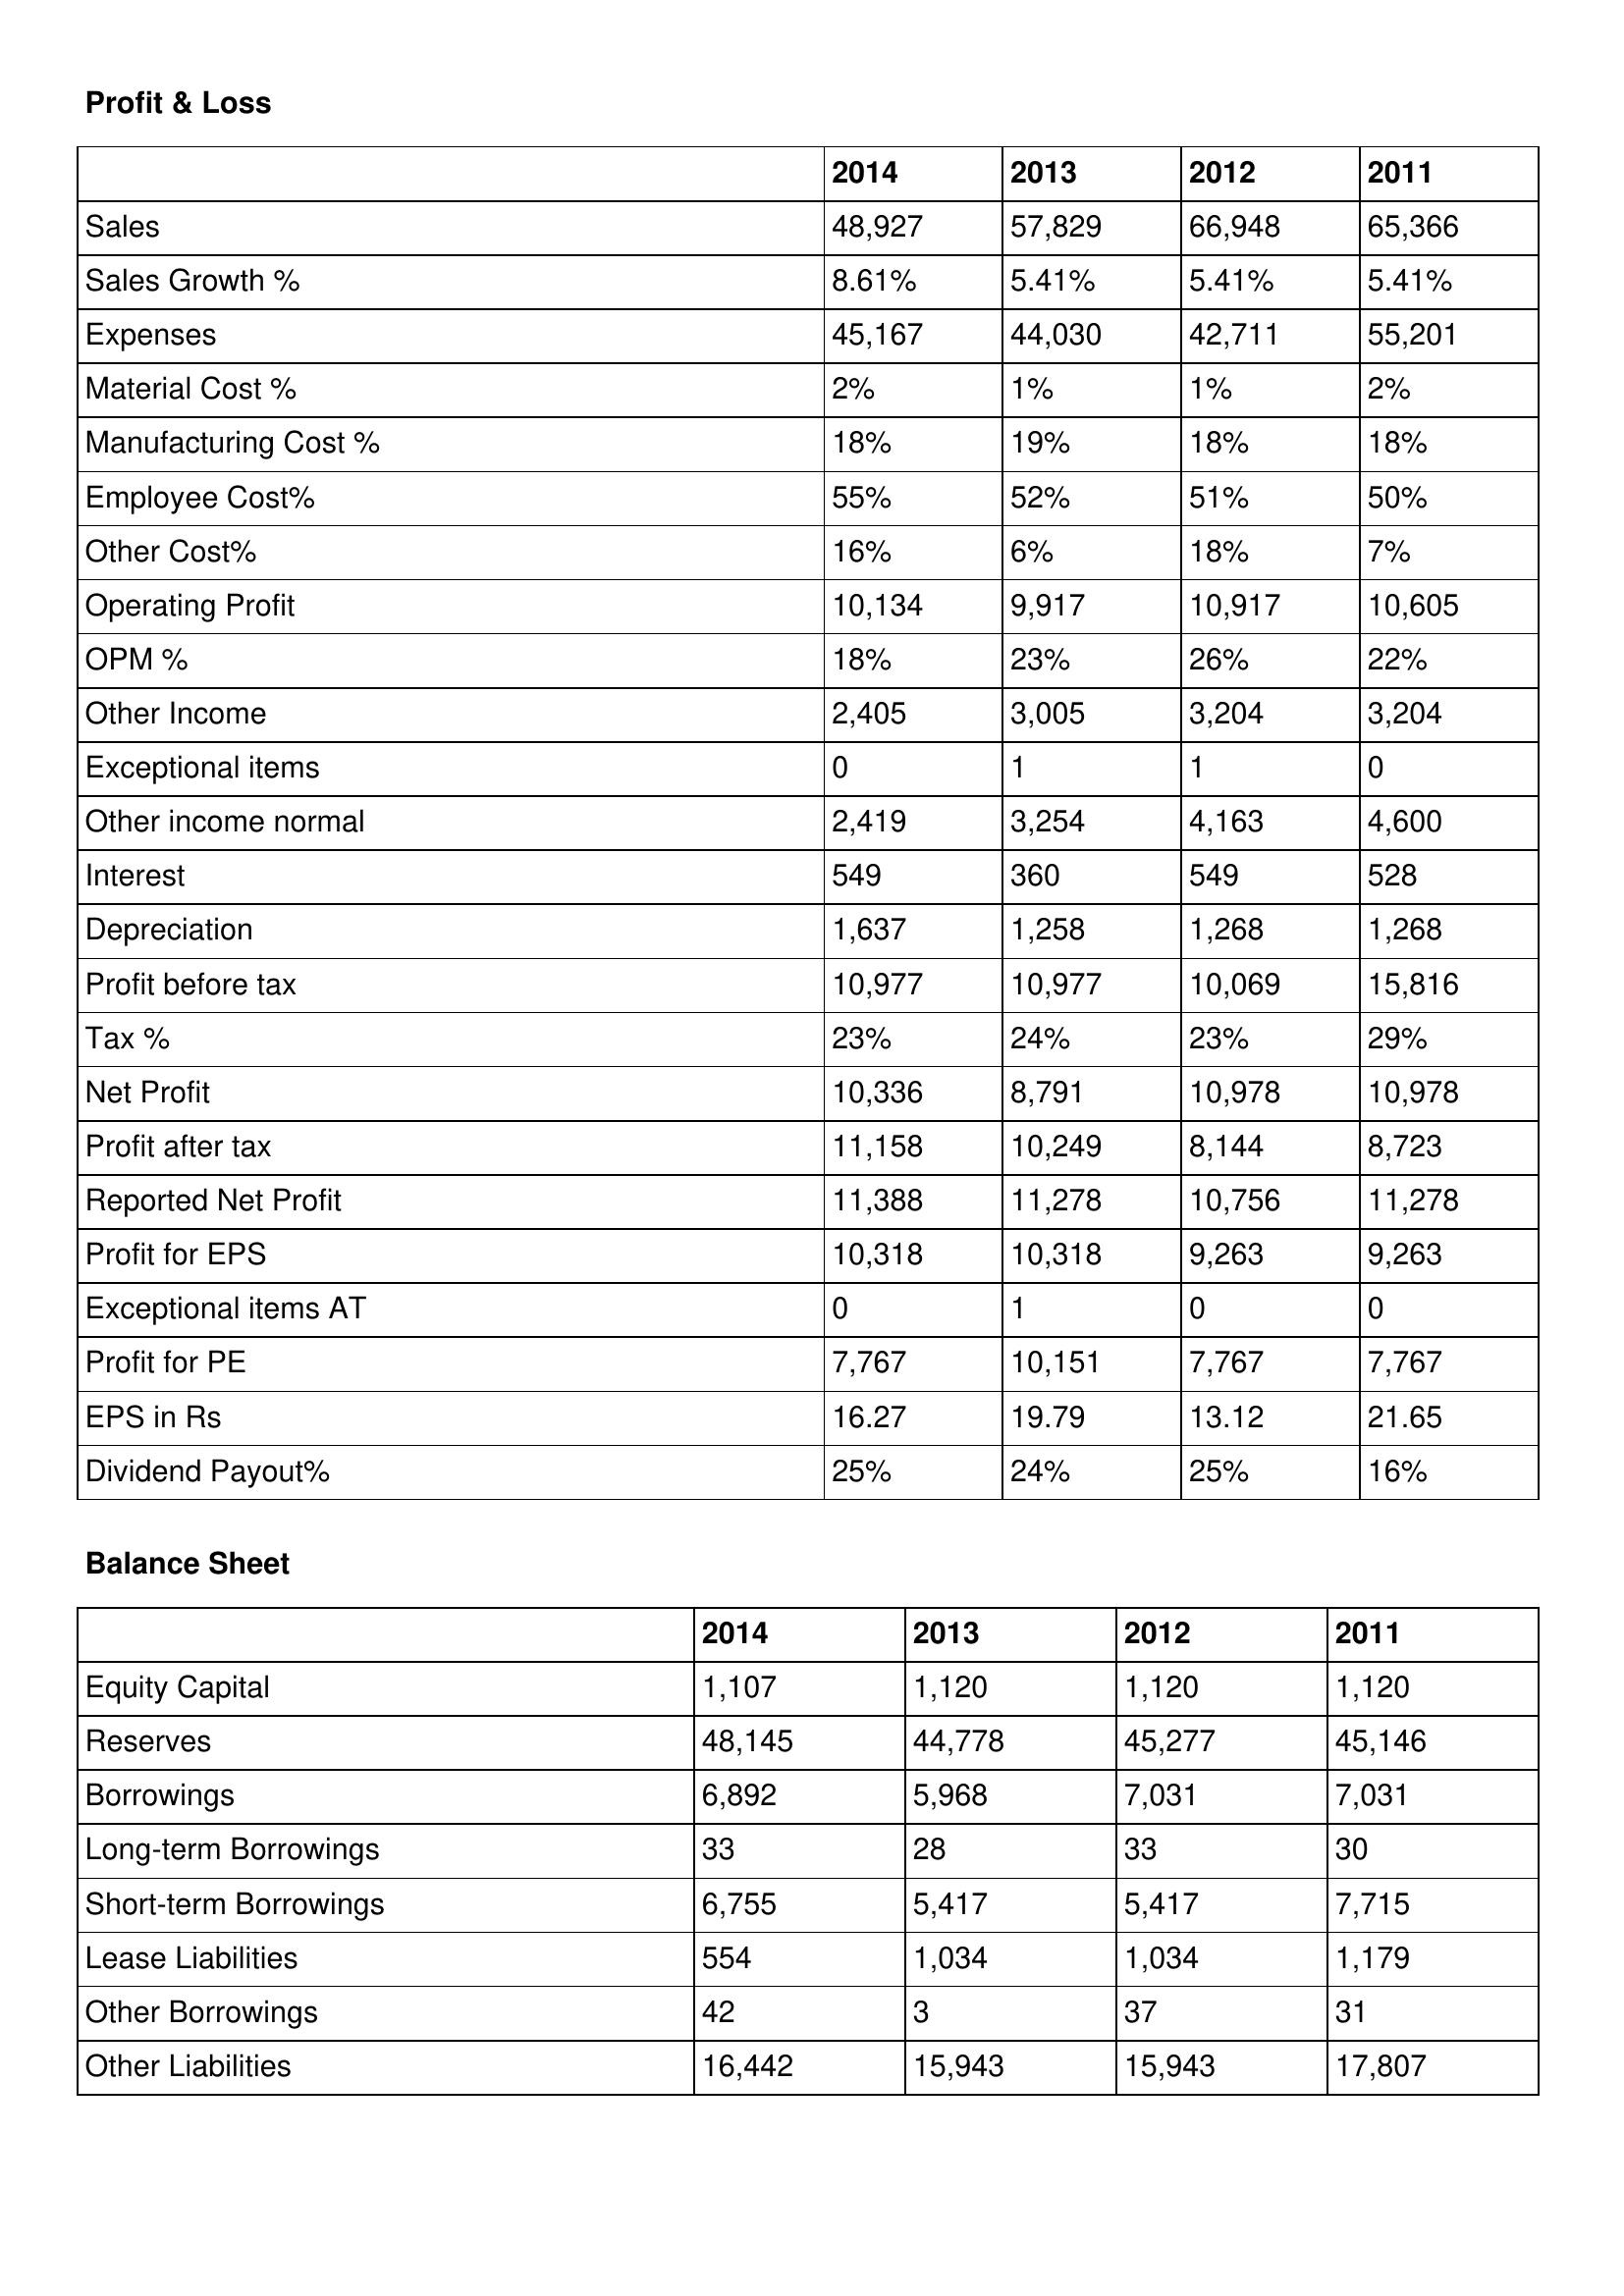
gt_parse: 2014: Profit & Loss: Sales: 48,927
Sales Growth %: 8.61%
Expenses: 45,167
Material Cost %: 2%
Manufacturing Cost %: 18%
Employee Cost%: 55%
Other Cost%: 16%
Operating Profit: 10,134
OPM %: 18%
Other Income: 2,405
Exceptional items: 0
Other income normal: 2,419
Interest: 549
Depreciation: 1,637
Profit before tax: 10,977
Tax %: 23%
Net Profit: 10,336
Profit after tax: 11,158
Reported Net Profit: 11,388
Profit for EPS: 10,318
Exceptional items AT: 0
Profit for PE: 7,767
EPS in Rs: 16.27
Dividend Payout%: 25%
Balance Sheet: Equity Capital: 1,107
Reserves: 48,145
Borrowings: 6,892
Long-term Borrowings: 33
Short-term Borrowings: 6,755
Lease Liabilities: 554
Other Borrowings: 42
Other Liabilities: 16,442
2013: Profit & Loss: Sales: 57,829
Sales Growth %: 5.41%
Expenses: 44,030
Material Cost %: 1%
Manufacturing Cost %: 19%
Employee Cost%: 52%
Other Cost%: 6%
Operating Profit: 9,917
OPM %: 23%
Other Income: 3,005
Exceptional items: 1
Other income normal: 3,254
Interest: 360
Depreciation: 1,258
Profit before tax: 10,977
Tax %: 24%
Net Profit: 8,791
Profit after tax: 10,249
Reported Net Profit: 11,278
Profit for EPS: 10,318
Exceptional items AT: 1
Profit for PE: 10,151
EPS in Rs: 19.79
Dividend Payout%: 24%
Balance Sheet: Equity Capital: 1,120
Reserves: 44,778
Borrowings: 5,968
Long-term Borrowings: 28
Short-term Borrowings: 5,417
Lease Liabilities: 1,034
Other Borrowings: 3
Other Liabilities: 15,943
2012: Profit & Loss: Sales: 66,948
Sales Growth %: 5.41%
Expenses: 42,711
Material Cost %: 1%
Manufacturing Cost %: 18%
Employee Cost%: 51%
Other Cost%: 18%
Operating Profit: 10,917
OPM %: 26%
Other Income: 3,204
Exceptional items: 1
Other income normal: 4,163
Interest: 549
Depreciation: 1,268
Profit before tax: 10,069
Tax %: 23%
Net Profit: 10,978
Profit after tax: 8,144
Reported Net Profit: 10,756
Profit for EPS: 9,263
Exceptional items AT: 0
Profit for PE: 7,767
EPS in Rs: 13.12
Dividend Payout%: 25%
Balance Sheet: Equity Capital: 1,120
Reserves: 45,277
Borrowings: 7,031
Long-term Borrowings: 33
Short-term Borrowings: 5,417
Lease Liabilities: 1,034
Other Borrowings: 37
Other Liabilities: 15,943
2011: Profit & Loss: Sales: 65,366
Sales Growth %: 5.41%
Expenses: 55,201
Material Cost %: 2%
Manufacturing Cost %: 18%
Employee Cost%: 50%
Other Cost%: 7%
Operating Profit: 10,605
OPM %: 22%
Other Income: 3,204
Exceptional items: 0
Other income normal: 4,600
Interest: 528
Depreciation: 1,268
Profit before tax: 15,816
Tax %: 29%
Net Profit: 10,978
Profit after tax: 8,723
Reported Net Profit: 11,278
Profit for EPS: 9,263
Exceptional items AT: 0
Profit for PE: 7,767
EPS in Rs: 21.65
Dividend Payout%: 16%
Balance Sheet: Equity Capital: 1,120
Reserves: 45,146
Borrowings: 7,031
Long-term Borrowings: 30
Short-term Borrowings: 7,715
Lease Liabilities: 1,179
Other Borrowings: 31
Other Liabilities: 17,807